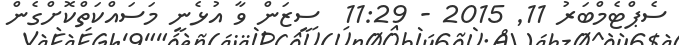
ސެޕްޓެމްބަރު 11